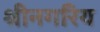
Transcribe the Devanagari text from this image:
श्रीनगरिय